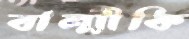
বাল্মীকি